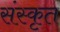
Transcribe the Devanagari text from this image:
संस्कृत